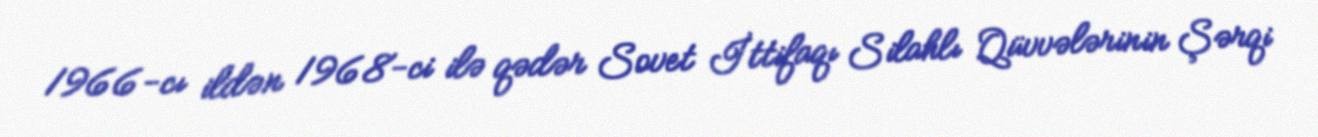
1966-cı ildən 1968-ci ilə qədər Sovet İttifaqı Silahlı Qüvvələrinin Şərqi